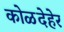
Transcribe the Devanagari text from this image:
कोळदेहेर